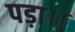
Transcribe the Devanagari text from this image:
पड़ा।।